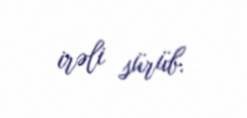
irəli sürüb.